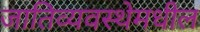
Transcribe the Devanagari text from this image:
जातिव्यवस्थेमधील